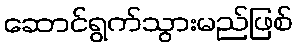
ဆောင်ရွက်သွားမည်ဖြစ်